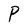
Character: P